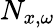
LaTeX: N_{x,\omega}